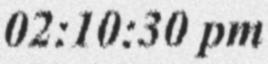
02:10:30 pm